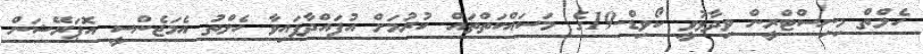
ހެލްތް މިނިސްޓްރީން ވިދާޅުވީ ކޯވިޑް-19ގެ މަސައްކަތްތައް ކުރުމަށް އުފައްދާފައިވާ ހެލްތު އެމަޖެންސީ އޮޕަރޭޝަން